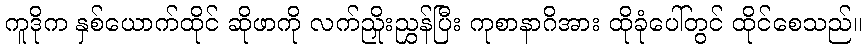
ကူဒိုက နှစ်ယောက်ထိုင် ဆိုဖာကို လက်ညှိုးညွှန်ပြီး ကုစာနာဂိအား ထိုခုံပေါ်တွင် ထိုင်စေသည်။